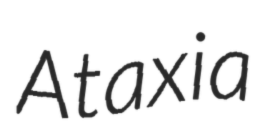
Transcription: Ataxia